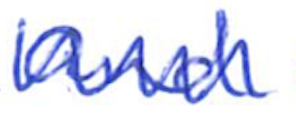
Text: and
Cross-out: zig-zag
Writing tool: ballpoint